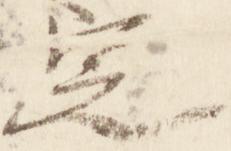
定